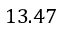
1 3 . 4 7